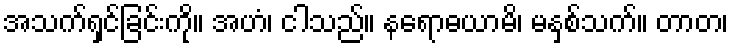
အသက်ရှင်ခြင်းကို။ အဟံ၊ ငါသည်။ နရောဓယာမိ၊ မနှစ်သက်။ တာတ၊